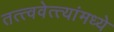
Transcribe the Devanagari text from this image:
तत्त्ववेत्त्यांमध्ये